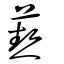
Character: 爇